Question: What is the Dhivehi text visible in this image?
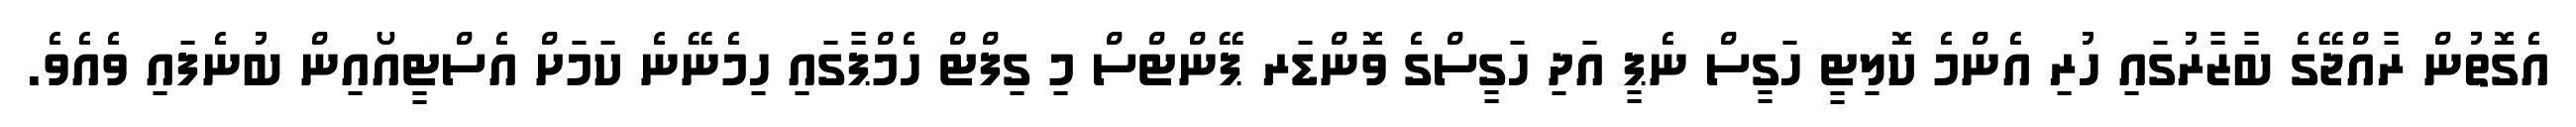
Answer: އެގޮތުން ރާއްޖޭގެ ބާޒާރުގައި ހުރި އެންމެ ކޮލިޓީ ހަގީސް ނެޕީ އަދި ހަގީސްގެ ވޮންޑަރ ޕޭންޓްސް މި ގިފްޓް ހެމްޕާގައި ހިމެނޭނެ ކަމަށް އެސްޓީއޯއިން ބުނެފައި ވެއެވެ.